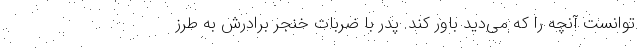
توانست آنچه را که می‌دید باور کند. پدر با ضربات خنجر برادرش به طرز